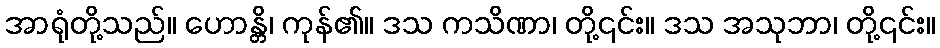
အာရုံတို့သည်။ ဟောန္တိ၊ ကုန်၏။ ဒသ ကသိဏာ၊ တို့၎င်း။ ဒသ အသုဘာ၊ တို့၎င်း။